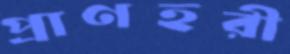
প্রাণহরী